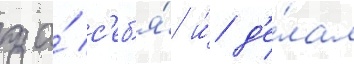
за́ с'еб'я́ и́ д'е́лал